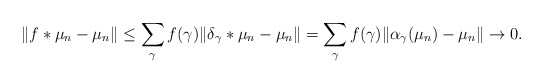
\begin{align*}\Vert f*\mu_n-\mu_n\Vert\leq\sum_\gamma f(\gamma)\Vert \delta_\gamma*\mu_n-\mu_n\Vert=\sum_\gamma f(\gamma)\Vert \alpha_\gamma(\mu_n)-\mu_n\Vert\rightarrow 0.\end{align*}